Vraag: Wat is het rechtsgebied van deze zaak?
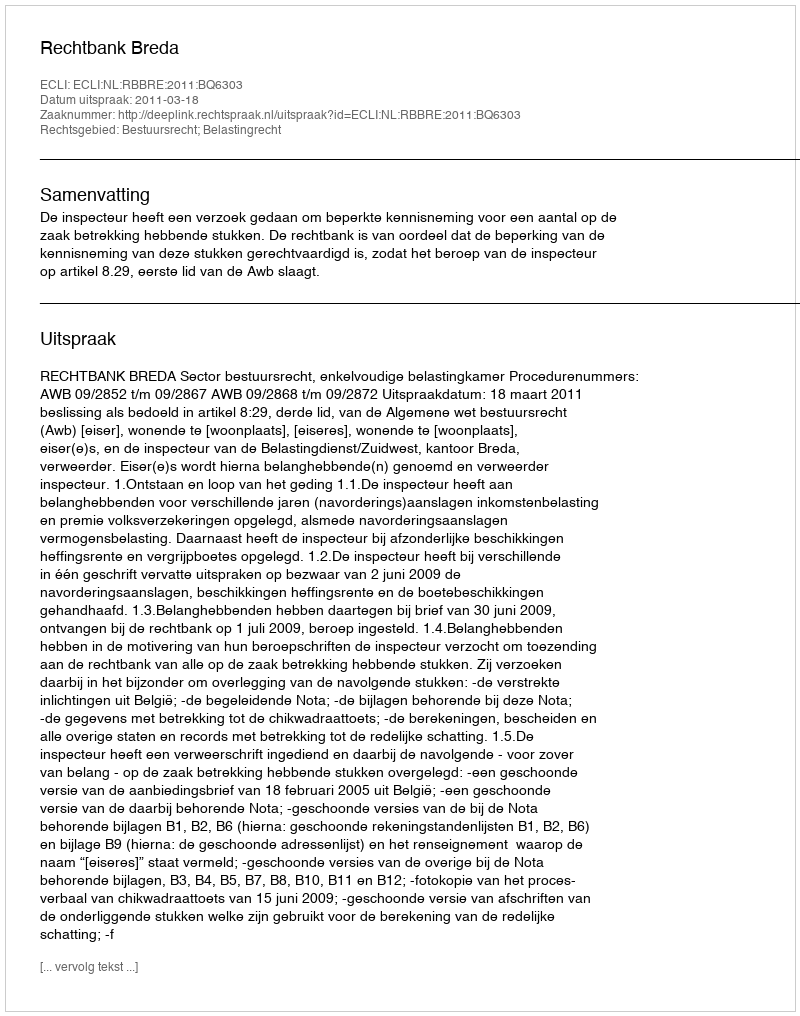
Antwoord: Bestuursrecht; Belastingrecht